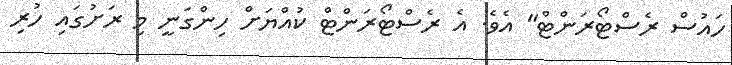
ހައުސް ރެސްޓޯރަންޓް" އެވެ. އެ ރެސްޓޯރަންޓް ކުއްޔަށް ހިންގަނީ މި ރަށުގައި ހުރި